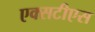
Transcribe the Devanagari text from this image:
एक्सटीएस